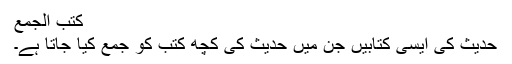
کتب الجمع
حدیث کی ایسی کتابیں جن میں حدیث کی کچھ کتب کو جمع کیا جاتا ہے۔